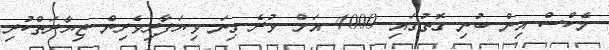
މެކްސް އިން ބުނި ގޮތުގައި 4000 އަށް ވުރެ ގިނަ ވިޔަފާރިވެރިން ޒިޔާރަތްކުރި